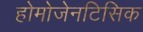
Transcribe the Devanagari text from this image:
होमोजेनटिसिक